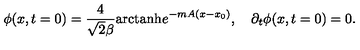
\phi ( x , t = 0 ) = { \frac { 4 } { \sqrt 2 \beta } } \mathrm { a r c t a n h } e ^ { - m A ( x - x _ { 0 } ) } , \quad \partial _ { t } \phi ( x , t = 0 ) = 0 .